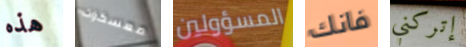
هذه معسكرات المسؤولين فانك إتركني